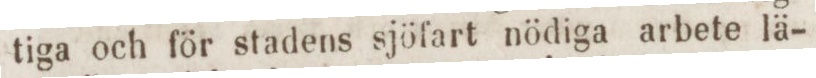
tiga och för stadens sjöfart nödiga arbete lä-